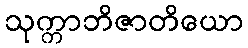
သုက္ကာဘိဇာတိယော